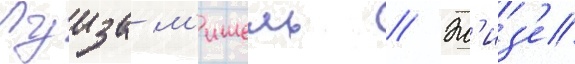
Луиза м'ишель // Эл'из'е